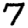
Digit: 7